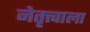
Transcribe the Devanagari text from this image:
नेतृत्त्वाला